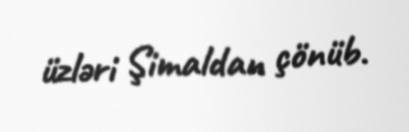
üzləri Şimaldan çönüb.